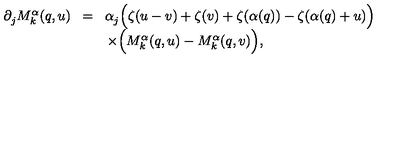
\begin{array} { r c l } { \partial _ { j } ^ { } M _ { k } ^ { \alpha } ( q , u ) \! } & { = } & { \! \alpha _ { j } ^ { } \Bigl ( \zeta ( u - v ) + \zeta ( v ) + \zeta ( \alpha ( q ) ) - \zeta ( \alpha ( q ) + u ) \Bigr ) } \\ { } & { } & { \times \Bigl ( M _ { k } ^ { \alpha } ( q , u ) - M _ { k } ^ { \alpha } ( q , v ) \Bigr ) , } \\ \end{array}